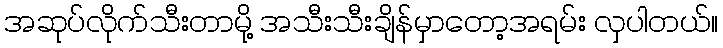
အဆုပ်လိုက်သီးတာမို့ အသီးသီးချိန်မှာတော့အရမ်း လှပါတယ်။